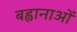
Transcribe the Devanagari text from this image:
बह्वानाओं